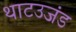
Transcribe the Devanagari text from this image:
थाटउजंड